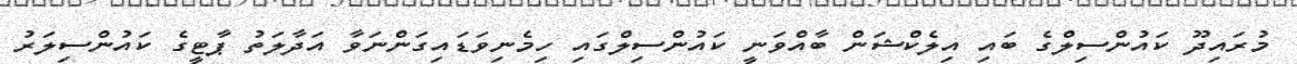
މުރައިދޫ ކައުންސިލްގެ ބައި އިލެކްޝަން ބާއްވަނީ ކައުންސިލްގައި ހިމެނިވަޑައިގަންނަވާ އަދާލަތު ޕާޓީގެ ކައުންސިލަރު